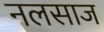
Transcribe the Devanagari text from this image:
नलसाज